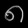
Digit: ၈